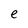
Character: e